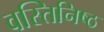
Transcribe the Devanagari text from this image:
वस्तिनिष्ठ